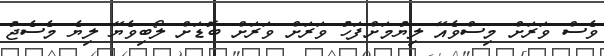
ވެސް ވަރަށް މިސްވެއޭ ލިޔުމަށްފަހު ވަރަށް ވަރަށް ބޮޑަށް ލޯބިވެޔޭ ލިޔެ މެސެޖު